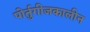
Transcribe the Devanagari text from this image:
पोर्तुगीजकालीन